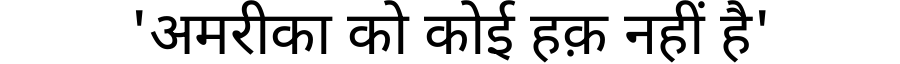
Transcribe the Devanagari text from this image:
'अमरीका को कोई हक़ नहीं है'